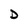
Character: D